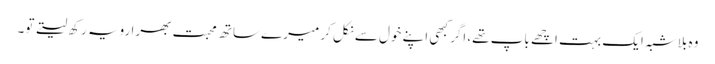
وہ بلاشبہ ایک بہت اچھے باپ تھے، اگر کبھی اپنے خول سے نکل کر میرے ساتھ محبت بھرا رویہ رکھ لیتے تو۔